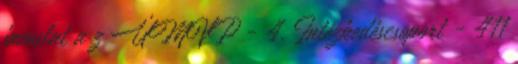
javaslat a z ÚMVP - 4. Intézkedéscsoport - 411